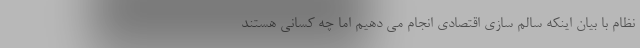
نظام با بیان اینکه سالم سازی اقتصادی انجام می دهیم اما چه کسانی هستند